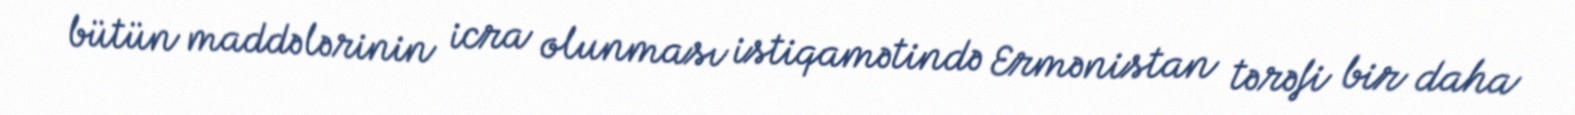
bütün maddələrinin icra olunması istiqamətində Ermənistan tərəfi bir daha